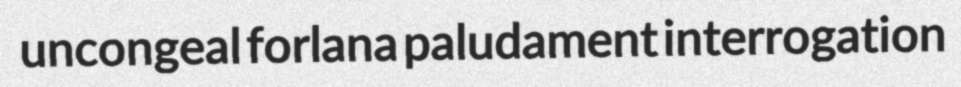
uncongeal forlana paludament interrogation